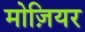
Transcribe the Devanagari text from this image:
मोज़ियर